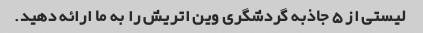
لیستی از 5 جاذبه گردشگری وین اتریش را به ما ارائه دهید.